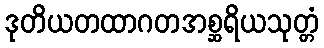
ဒုတိယတထာဂတအစ္ဆရိယသုတ္တံ